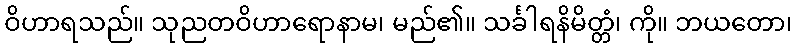
ဝိဟာရသည်။ သုညတဝိဟာရောနာမ၊ မည်၏။ သင်္ခါရနိမိတ္တံ၊ ကို။ ဘယတော၊